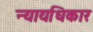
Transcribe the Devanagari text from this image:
न्यायधिकार